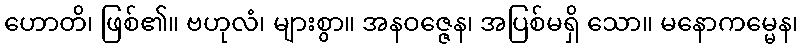
ဟောတိ၊ ဖြစ်၏။ ဗဟုလံ၊ များစွာ။ အနဝဇ္ဇေန၊ အပြစ်မရှိ သော။ မနောကမ္မေန၊